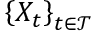
\left\{ X _ { t } \right\} _ { t \in { \mathcal { T } } }